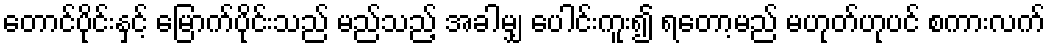
တောင်ပိုင်းနှင့် မြောက်ပိုင်းသည် မည်သည့် အခါမျှ ပေါင်းကူး၍ ရတော့မည် မဟုတ်ဟုပင် စကားလက်